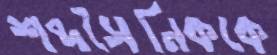
শব্দসৈনিককে